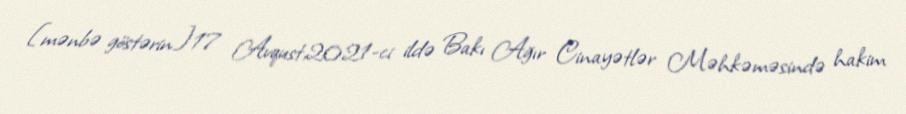
[mənbə göstərin]17 Avqust,2021-ci ildə Bakı Ağır Cinayətlər Məhkəməsində hakim